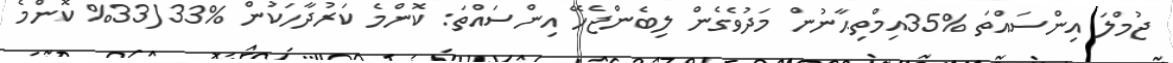
ޖުމްލަ އިންސައްތަ %35އިމްތިޙާނުން މަދުވެގެން ލިބެންޖެހޭ އިންސައްތަ: ކޮންމެ ކަރުދާހަކުން %33(33% ކޮންމެ